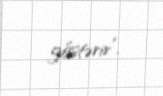
göstərir”.